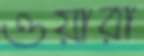
ওয়ারা